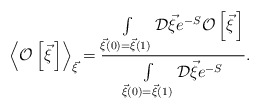
\begin{align*}\left<{\cal O}\left[\vec \xi{\,}\right]\right>_{\vec\xi}=\frac{\int\limits_{\vec\xi(0)=\vec\xi(1)}^{}{\cal D}\vec\xi e^{-S}{\cal O}\left[\vec\xi{\,}\right]}{\int\limits_{\vec\xi(0)=\vec\xi(1)}^{}{\cal D}\vec\xi e^{-S}}.\end{align*}